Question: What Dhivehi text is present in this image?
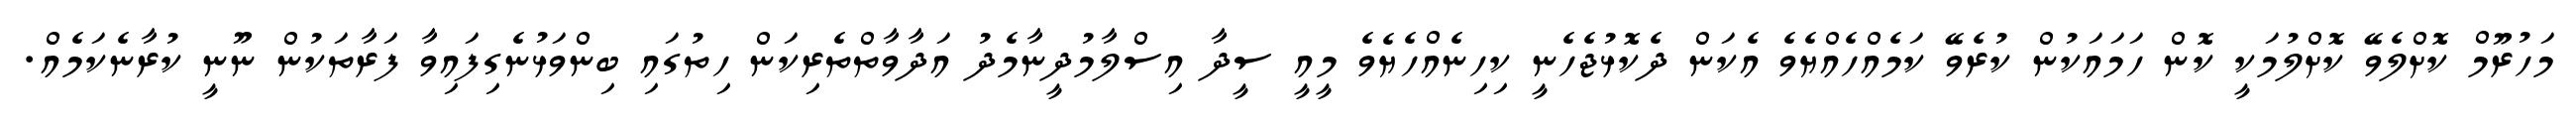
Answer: މަހުރޫމް ކޮށްލެވޭ ކޮށްލުމަކީ ކޮން ހަމައަކުން ކުރެވޭ ކަމެއްހެއްޔެވެ އެކަން ދެކޮޅުޖެހެނީ ކިހިނެއްހެޔެވެ މީއީ ސީދާ އިސްލާމުދީނާމެދު އަދާވާތްތެރިކަން ހިތުގައި ބިންވަޅުނެގިފައިވާ ފަރާތަކުން ނޫނީ ކުރާނެކަމެއް.